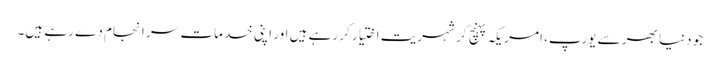
جو دنیا بھر سے یورپ، امریکہ پہنچ کر شہریت اختیار کر رہے ہیں اور اپنی خدمات سر انجام دے رہے ہیں۔